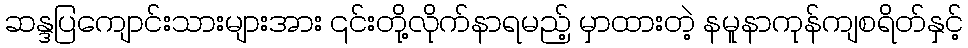
ဆန္ဒပြကျောင်းသားများအား ၎င်းတို့လိုက်နာရမည့် မှာထားတဲ့ နမူနာကုန်ကျစရိတ်နှင့်